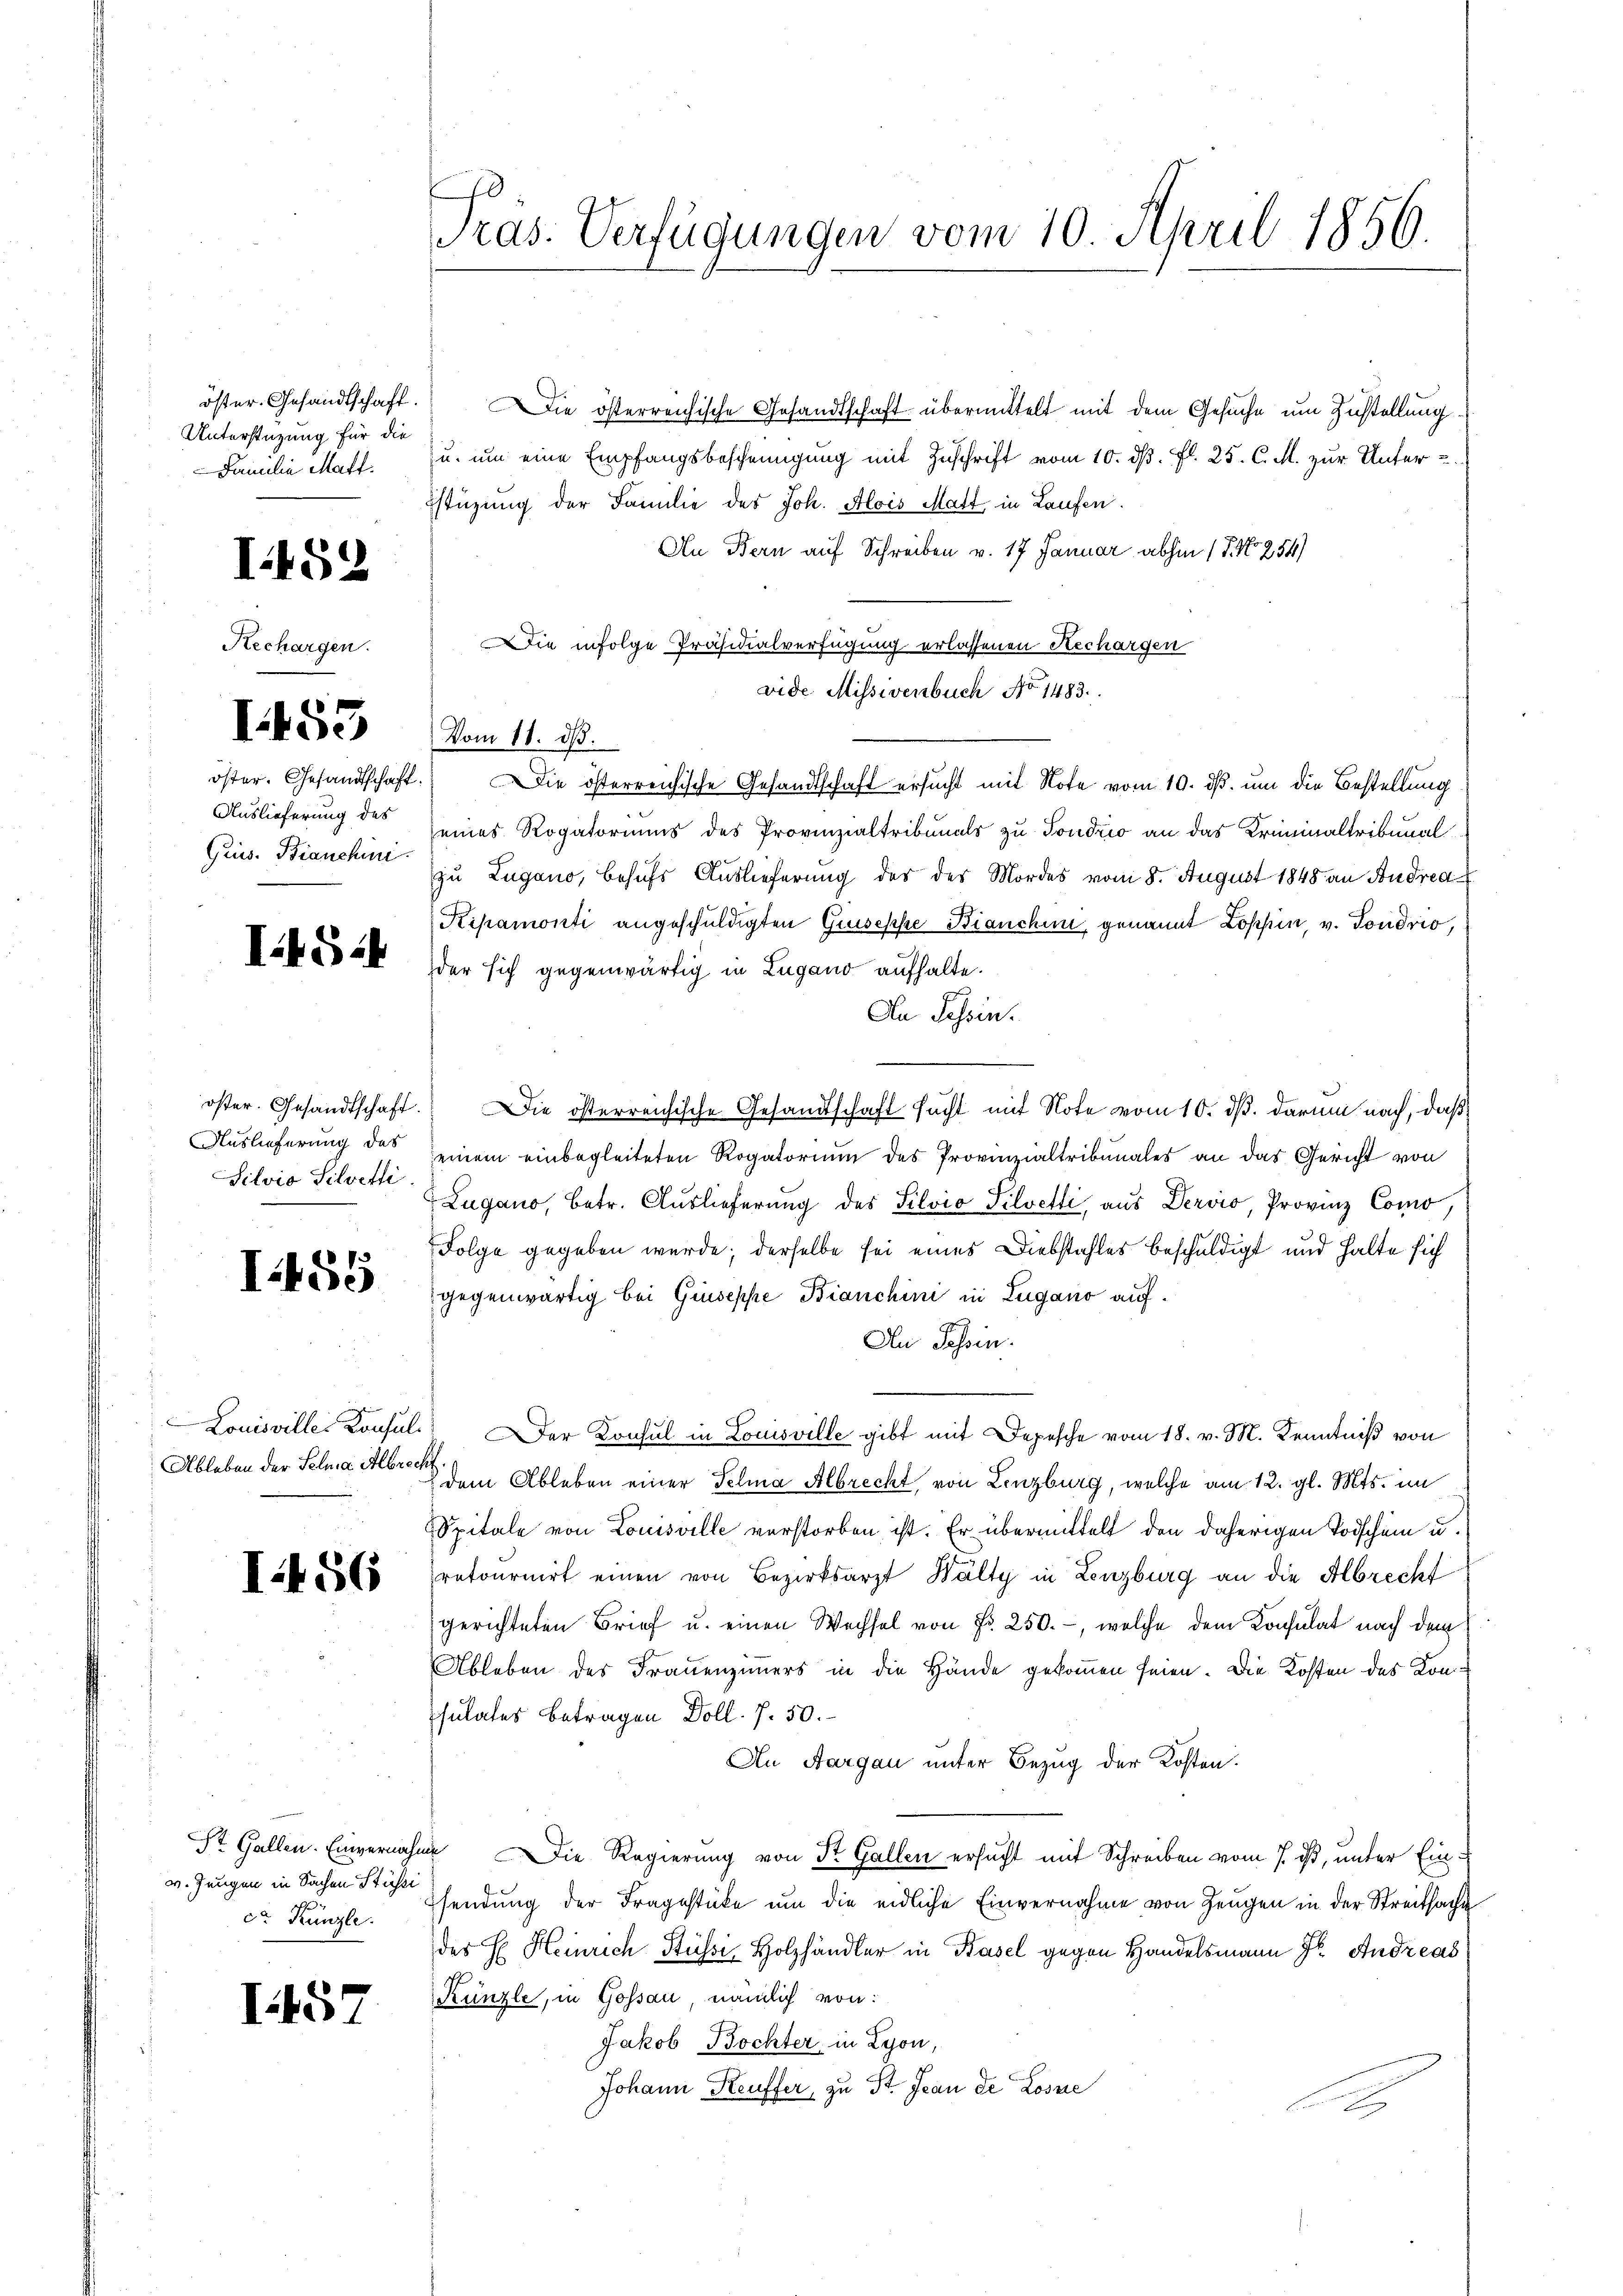
öster Gesandtschaft.
Unterstüzung für die
Familie Mart.

I.452

Rech

¬

agen.

¬
ede

öster. Gesandtschaft.
Auslieferung des
Gris. Bianchini

IEG 2

Auslieferung des
Silvio Silveti

I.455

Louisviller Konsul
Ableben der Selna Albrecht.

I56

w. Jungen in Sachen Stüssi
de Künzle

I.57

Pras. Verfügungen vom 10. April 1856.

Vom 11. ds.

Die österreichische Gesandtschaft übermittelt mit dem Gesuche um Zustellung
u. um eine Empfangsbescheinigung mit Zuschrift vom 10. ds. fl. 25. C. M. zur Unter
Estüzung der Familie des Joh. Alois Matt, in Laufen.
An Bern auf Schreiben v. 17 Januar abhin (T. No 254)
Die infolge Präsidialverfügung erlassenen Rechargen
vide Missivenbuch No 1483.
Die österreichische Gesandtschaft ersucht mit Note vom 10. dß. um die Bestellung
seines Rogatoriums des Provinzialtribunals zu Sondrio an das Kriminaltribunal
zu Zugano, behufs Auslieferung der des Mordes vom 8. August 1848 an Andrea
Kipamonti angeschuldigten Giuseppe Bianchen, genannt Lopfen, v. Gondrio,
der sich gegenwärtig in Lugano aufhalte.
An Schein.
öster. Gesandtschaft. Die österreichische Gesandtschaft sucht mit Note vom 10. ds. darum nach, daß
einem einbegleiteten Rogatorium des Provinzialtribunales an das Gericht von
Lugano, betr. Auslieferung des Silvio Silvetti, aus Dervio, Provinz Como,
Folge gegeben wurde; derselbe sei eines Diebstahles beschuldigt und halte sich
gegenwärtig bei Giuseppe Bianchini in Zugano auf.
An Tessin.
" Der Konsul in Louisville gibt mit Depesche vom 18. v. M. Kenntniß von
dem Ableben einer Felia Albrecht von Lenzburg, welche am 12. gl. Mts. im
Spitale von Louisville verstorben ist. Er übermittelt den daherigen Todschein u.
retournirt einen von Bezirksarzt Bälty in Lenzburg an die Albrecht
gerichteten Brief u. einen Wechsel von Fr. 250.-, welche dem Konsulat nach dem
Ableben des Frauenzimmers in die Hände gekommen seien. Die Kosten des Konsulates Betragen Doll. 7. 50.
An Aargau unter Bezug der Kosten.
St. Gallen. Einvernahme. Die Regierung von St. Gallen ersucht mit Schreiben vom 7. ist, unter Einsendung der Fragestücke um die eidliche Einvernahme von Zeugen in der Streitsachte
des H. Heinrich Stüssi, Holzhändler in Basel gegen Handelsmann fr. Andreas
Künzle, in Gossau, nämlich von:
Jakob Bochter, in Lyon,
Johann Keuffer, zu St. Jean de Losne